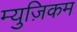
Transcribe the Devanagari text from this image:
म्युज़िकम